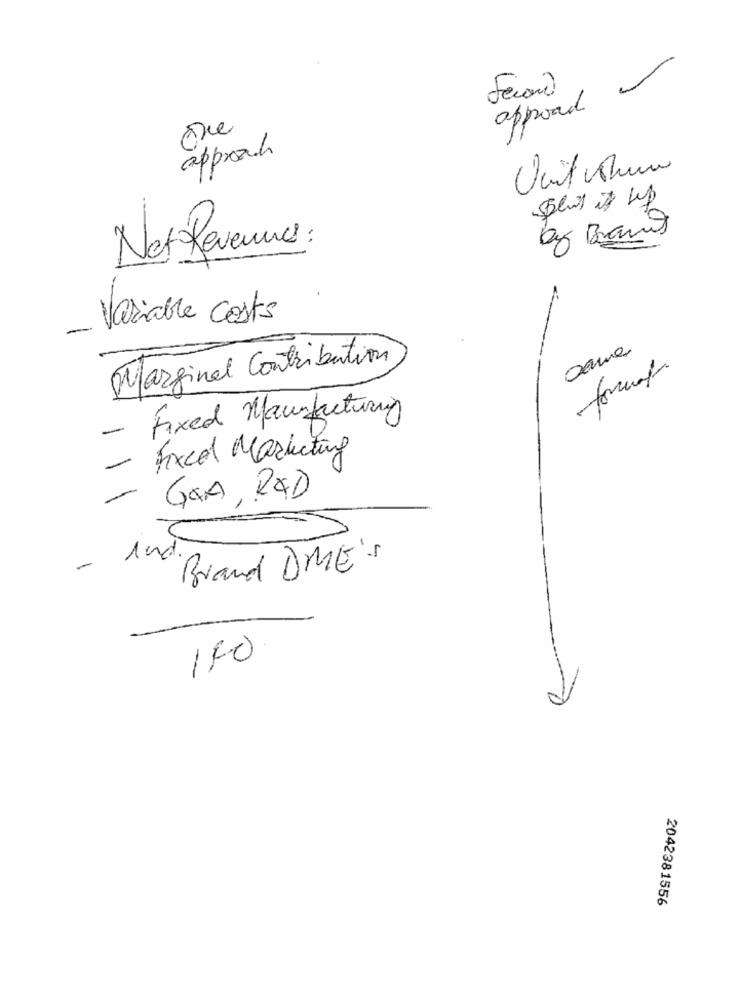
approad.
approach
az Brans
Net Revenue :
Variable Costs
-
Marginal Contribution
formal
- Fixed Maunfacturing
- Fixed Marketing
GAA, RAD
-
-
12
Brand DME'S
140
2042381556